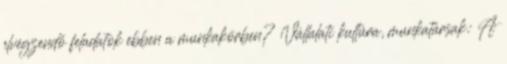
elvégzendő feladatok ebben a munkakörben? Vállalati kultúra, munkatársak: A